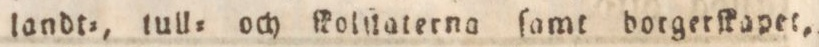
landt=, tull= och ſkolüaterna ſamt borgerſkapet,